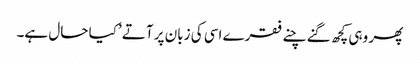
پھر وہی کچھ گنے چنے فقرے اسی کی زبان پر آتے ’کیا حال ہے۔